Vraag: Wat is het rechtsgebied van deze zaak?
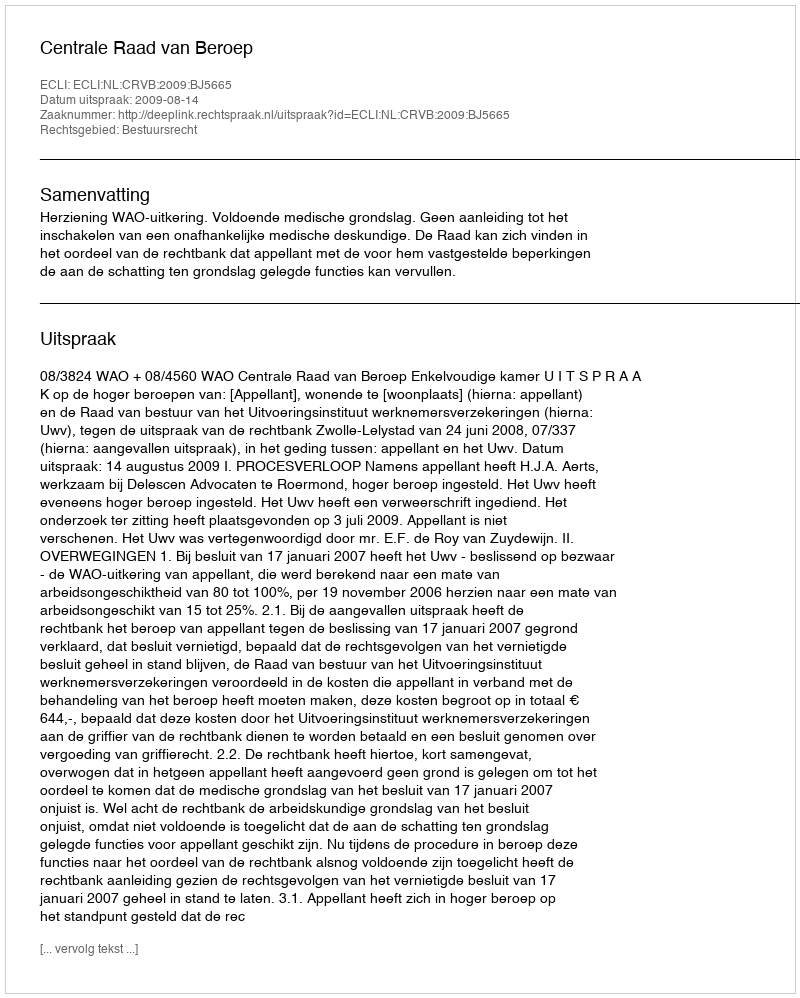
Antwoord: Bestuursrecht